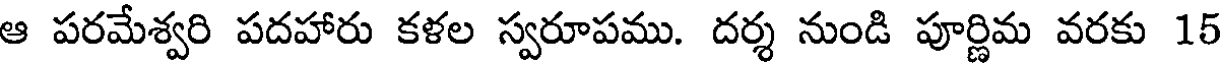
ఆ పరమేశ్వరి పదహారు కళల స్వరూపము. దర్శ నుండి పూర్ణిమ వరకు 15